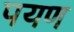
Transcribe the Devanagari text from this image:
पयण